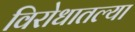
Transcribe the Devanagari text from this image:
विरोधातल्या